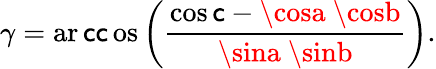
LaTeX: \gamma=\operatorname{ar\mathsf{c}\mathsf{c}os}\left({\frac{{\cos\mathsf{c}-\cosa\ \cosb}}{{\sina\ \sinb}}}\right).